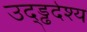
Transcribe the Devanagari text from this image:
उद्ड्ढदेश्य